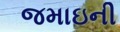
જમાઇની